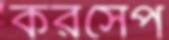
করসেপ